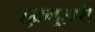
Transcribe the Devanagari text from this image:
शुक्रगुज़ारी